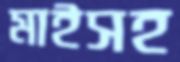
মাইসহ